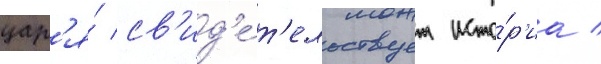
цар'я́ св'ид'е́т'ельствует исто́р'иа /